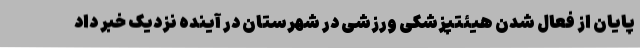
پایان از فعال شدن هیئتپزشکی ورزشی در شهرستان در آینده نزدیک خبر داد